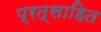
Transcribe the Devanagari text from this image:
प्रत्साहित